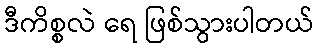
ဒီကိစ္စလဲ ရေ ဖြစ်သွားပါတယ်